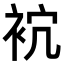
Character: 𧙇